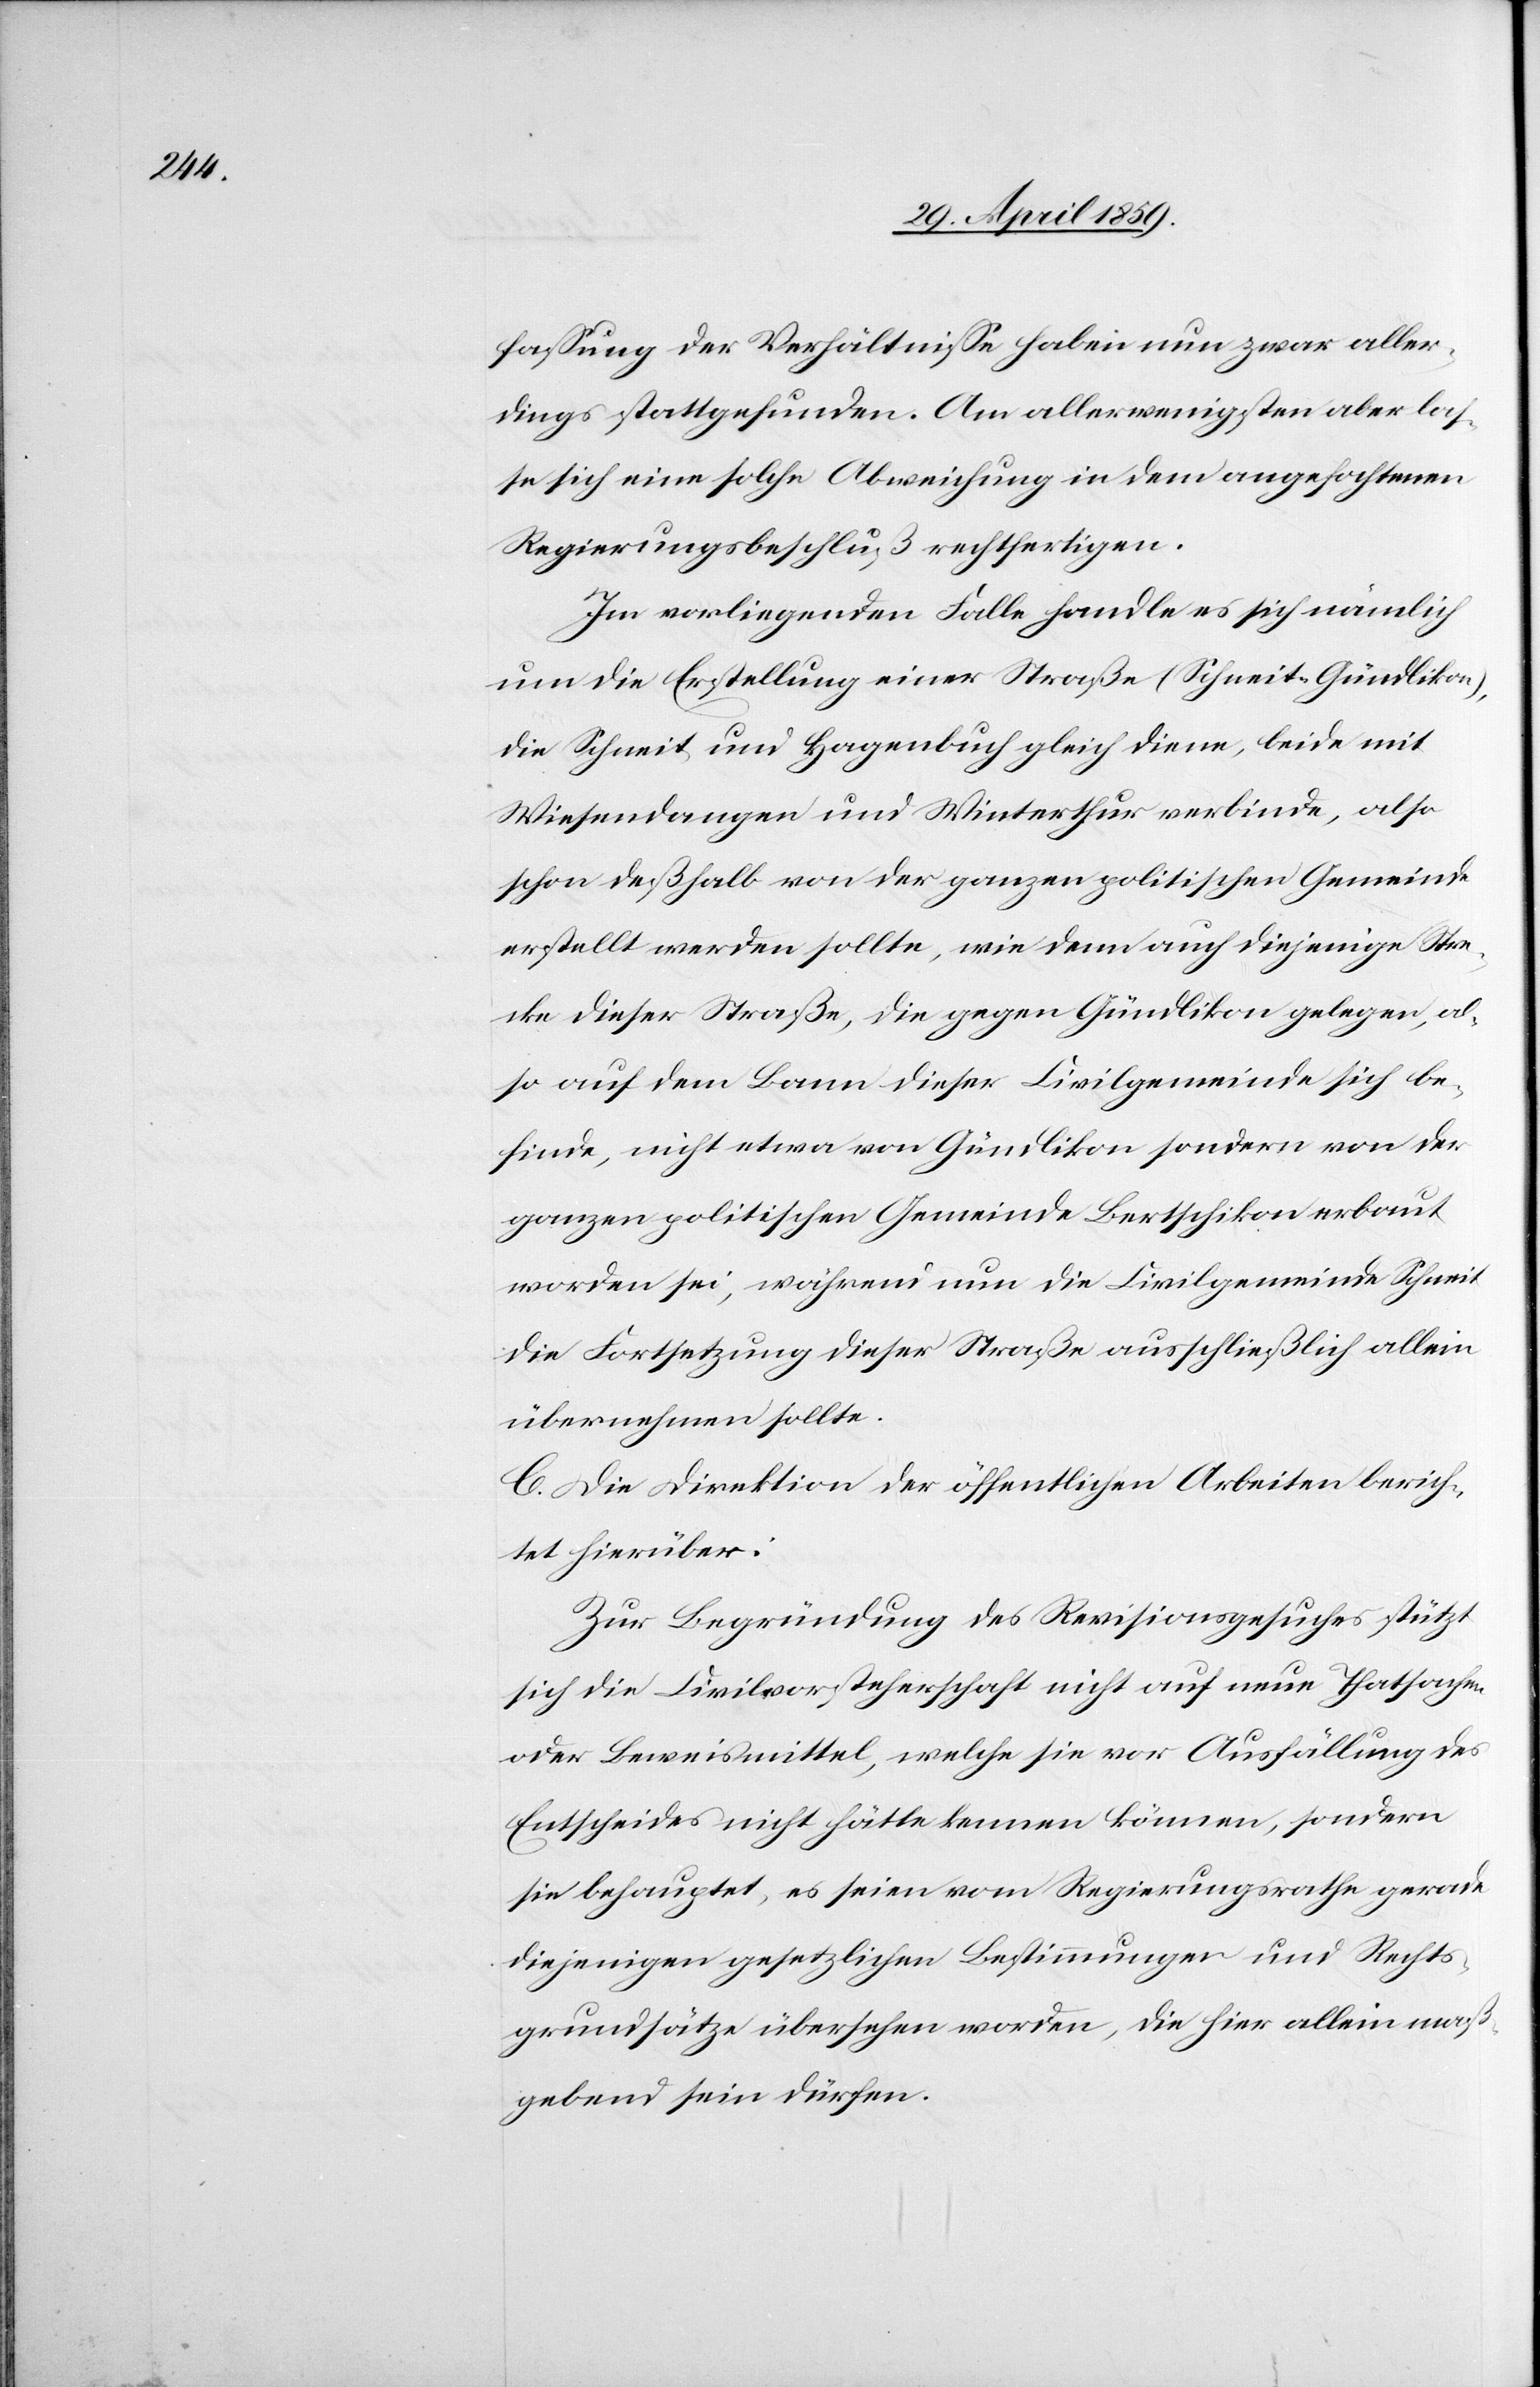
faßung der Verhältniße haben nun zwar aller¬
dings stattgefunden. Am allerwenigsten aber las¬
se sich eine solche Abweichung in dem angefochtenen
Regierungsbeschluß rechtfertigen.
Im vorliegenden Falle handle es sich nämlich
um die Erstellung einer Straße (Schneit-Gündlikon),
die Schneit und Hagenbuch gleich diene, beide mit
Wiesendangen und Winterthur verbinde, also
schon deßhalb von der ganzen politischen Gemeinde
erstellt werden sollte, wie denn auch diejenige Stre¬
cke dieser Straße, die gegen Gündlikon gelegen, al¬
so auf dem Bann dieser Civilgemeinde sich be¬
finde, nicht etwa von Gündlikon sondern von der
ganzen politischen Gemeinde Bertschikon erbaut
worden sei, während nun die Civilgemeinde Schneit
die Fortsetzung dieser Straße ausschließlich allein
übernehmen sollte.
C. Die Direktion der öffentlichen Arbeiten berich¬
tet hierüber:
Zur Begründung des Revisionsgesuches stützt
sich die Civilvorsteherschaft nicht auf neue Thatsachen
oder Beweismittel, welche sie vor Ausfällung des
Entscheides nicht hätte kennen können, sondern
sie behauptet, es seien vom Regierungsrath gerade
diejenigen gesetzlichen Bestimmungen und Rechts¬
grundsätze übersehen worden, die hier allein maß¬
gebend sein dürfen.